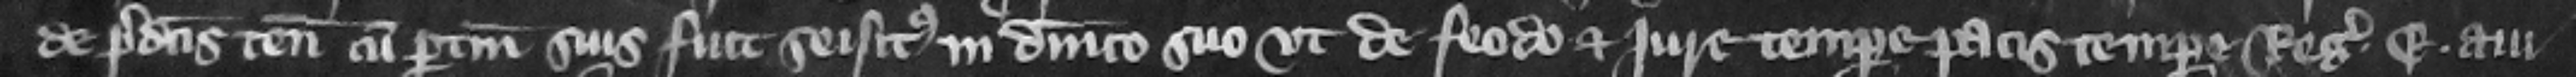
de predictis tenementis cum pertinenciis suis fuit seisitus in dominico suo vt de feodo et jure tempore pacis tempore regis E. aui